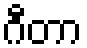
ဂီတာ